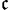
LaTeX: ^\mathfrak{c}